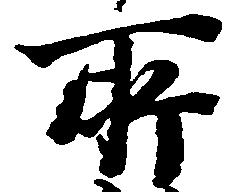
所